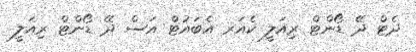
ދެޓް ދޭ ޑޯންޓް ރިއަލީ ކެއަރ އެބައުޓް އަސް ދޭ ޑޯންޓް ރިއަލީ